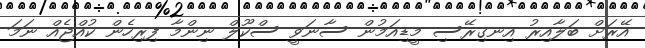
އޭރަށް ބަލާއިރު އިނގިރޭސި މީޑިއަމުން ސާނަވީ ސްކޫލް ނިންމާ ފިރިހެން ކުއްޖެއް ނަމަ